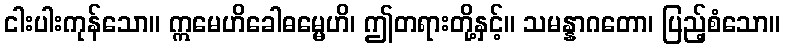
ငါးပါးကုန်သော။ ဣမေဟိခေါဓမ္မေဟိ၊ ဤတရားတို့နှင့်။ သမန္နာဂတော၊ ပြည့်စံသော။